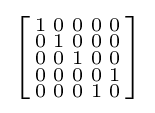
\left[{\begin{smallmatrix}1&0&0&0&0\\0&1&0&0&0\\0&0&1&0&0\\0&0&0&0&1\\0&0&0&1&0\\\end{smallmatrix}}\right]